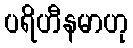
ပရိဟီနမာဟု